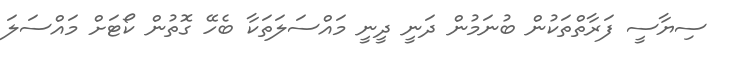
ސިޔާސީ ފަރާތްތަކުން ބުނަމުން ދަނީ ދީނީ މައްސަލަތަކާ ބެހޭ ގޮތުން ކޯޓަށް މައްސަލަ